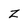
Character: z